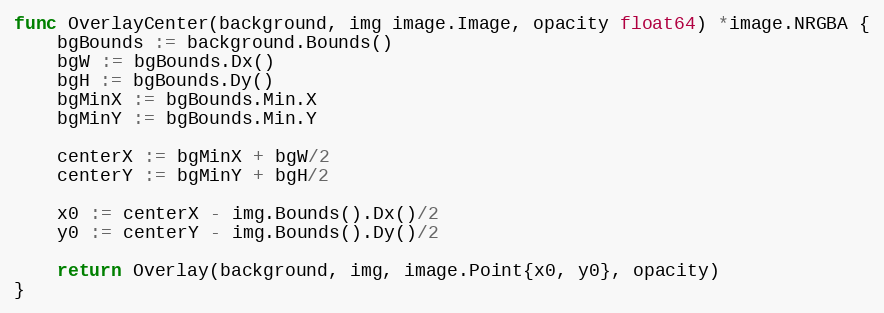
Language: Go
func OverlayCenter(background, img image.Image, opacity float64) *image.NRGBA {
	bgBounds := background.Bounds()
	bgW := bgBounds.Dx()
	bgH := bgBounds.Dy()
	bgMinX := bgBounds.Min.X
	bgMinY := bgBounds.Min.Y

	centerX := bgMinX + bgW/2
	centerY := bgMinY + bgH/2

	x0 := centerX - img.Bounds().Dx()/2
	y0 := centerY - img.Bounds().Dy()/2

	return Overlay(background, img, image.Point{x0, y0}, opacity)
}